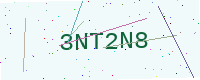
Text: 3NT2N8